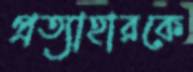
প্রত্যাহারকে